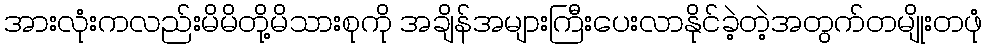
အားလုံးကလည်းမိမိတို့မိသားစုကို အချိန်အများကြီးပေးလာနိုင်ခဲ့တဲ့အတွက်တမျိုးတဖုံ